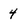
Character: 4